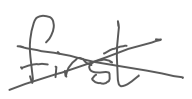
Text: first
Cross-out: cross
Writing tool: digital_gray